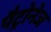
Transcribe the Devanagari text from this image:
पैट्रोनेज